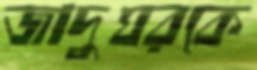
জাদুঘরকে